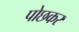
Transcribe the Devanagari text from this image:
पोछकर